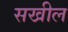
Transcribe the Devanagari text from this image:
सखील